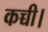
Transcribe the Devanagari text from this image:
कच्ची।